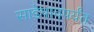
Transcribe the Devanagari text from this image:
साडेपाचपर्यंत